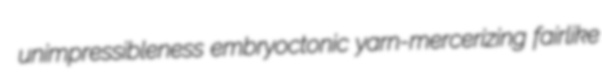
unimpressibleness embryoctonic yarn-mercerizing fairlike